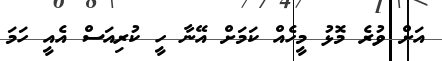
އަށް ވުރެ މޮޅު މީހެއް ކަމަށް އޭނާ ހީ ކުރިއަސް އެއީ ހަމަ